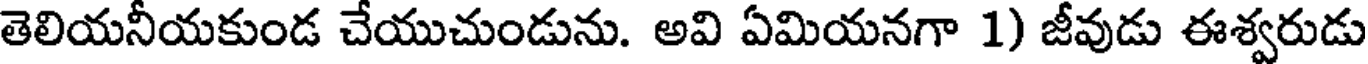
తెలియనీయకుండ చేయుచుండును. అవి ఏమియనగా 1) జీవుడు ఈశ్వరుడు